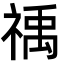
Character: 䄔